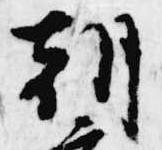
朝